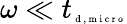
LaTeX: \omega\ll{t}_{\tiny{\mathrm{~d~,~m~i~c~r~o~}}}